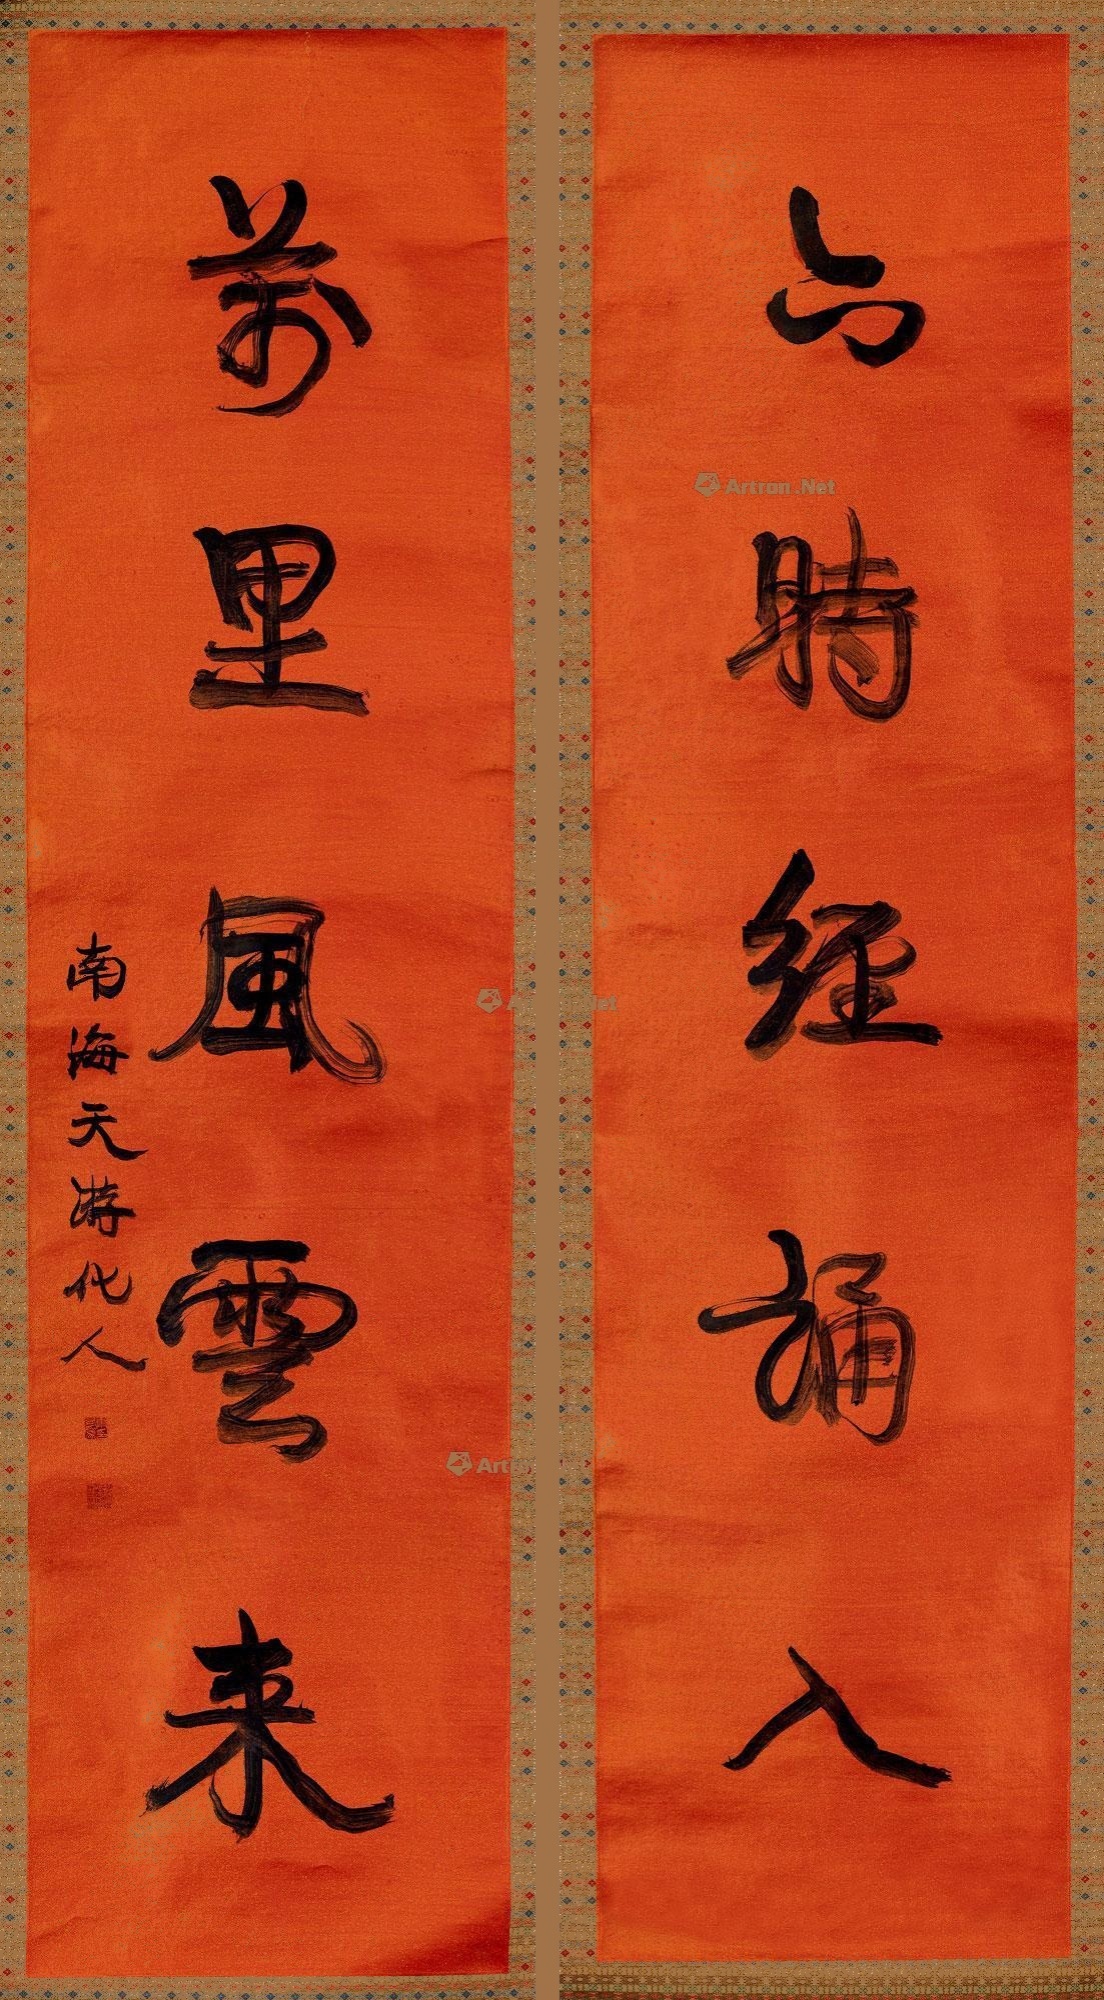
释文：六时经诵入，万里风云来。南海天游化人。